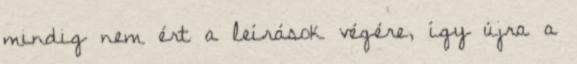
mindig nem ért a leírások végére, így újra a